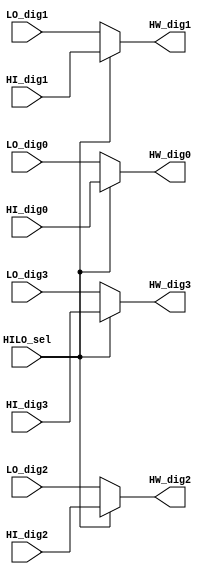

module HILO_MUX(
 input wire [3:0] HI_dig3,
 input wire [3:0] HI_dig2,
 input wire [3:0] HI_dig1,
 input wire [3:0] HI_dig0,

 input wire [3:0] LO_dig3,
 input wire [3:0] LO_dig2,
 input wire [3:0] LO_dig1,
 input wire [3:0] LO_dig0,

 input wire HILO_sel,

 output wire [3:0] HW_dig3,
 output wire [3:0] HW_dig2,
 output wire [3:0] HW_dig1,
 output wire [3:0] HW_dig0
 );
 assign HW_dig3 = HILO_sel ? HI_dig3 : LO_dig3;
 assign HW_dig2 = HILO_sel ? HI_dig2 : LO_dig2;
 assign HW_dig1 = HILO_sel ? HI_dig1 : LO_dig1;
 assign HW_dig0 = HILO_sel ? HI_dig0 : LO_dig0;
endmodule